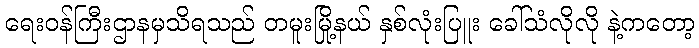
ရေးဝန်ကြီးဌာနမှသိရသည် တမူးမြို့နယ် နှစ်လုံးပြူး ခေါ်သံလိုလို နဲ့ကတော့